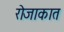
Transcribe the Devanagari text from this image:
रोजाकात